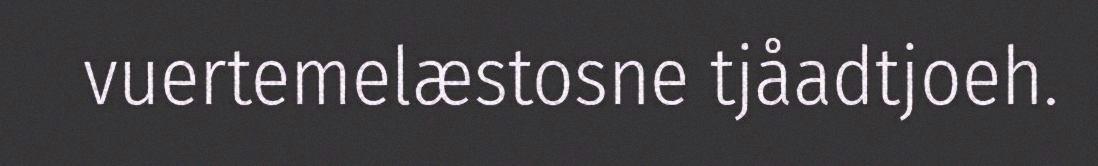
vuertemelæstosne tjåadtjoeh.